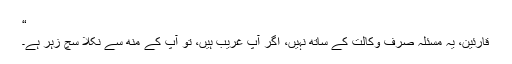
“
قارئین، یہ مسئلہ صرف وکالت کے ساتھ نہیں، اگر آپ غریب ہیں، تو آپ کے منھ سے نکلا سچ زہر ہے۔